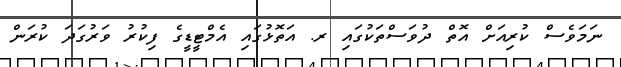
ނަމަވެސް ކުރިއަށް އޮތް ދުވަސްތަކުގައި ރ. އަތޮޅުގައި އެމްޓީޑީގެ ފިކުރު ވަރުގަދަ ކުރަން